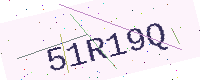
Text: 51R19Q